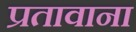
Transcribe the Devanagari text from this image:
प्रतावाना